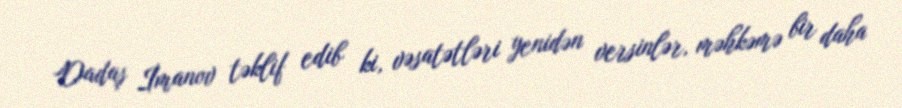
Dadaş İmanov təklif edib ki, vəsatətləri yenidən versinlər, məhkəmə bir daha